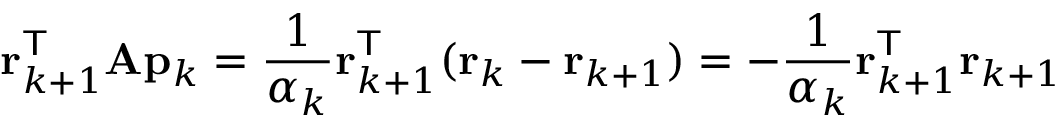
\mathbf { r } _ { k + 1 } ^ { \mathsf { T } } \mathbf { A } \mathbf { p } _ { k } = { \frac { 1 } { \alpha _ { k } } } \mathbf { r } _ { k + 1 } ^ { \mathsf { T } } ( \mathbf { r } _ { k } - \mathbf { r } _ { k + 1 } ) = - { \frac { 1 } { \alpha _ { k } } } \mathbf { r } _ { k + 1 } ^ { \mathsf { T } } \mathbf { r } _ { k + 1 }